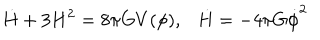
LaTeX: \dot { H } + 3 H ^ { 2 } = 8 \pi G V ( \phi ) , \dot { H } = - 4 \pi G \dot { \phi } ^ { 2 }